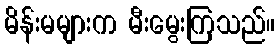
မိန်းမများက မီးမွေးကြသည်။